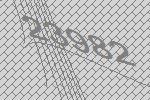
23982